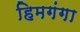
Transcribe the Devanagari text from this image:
हिमगंगा